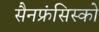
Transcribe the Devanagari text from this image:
सैनफ्रंसिस्को